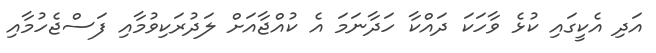
އަދި އެކީގައި ކުޅެ ވާހަކަ ދައްކާ ހަދާނަމަ އެ ކުއްޖާއަށް ލަދުރަކިވުމާއި ފަސްޖެހުމާއި